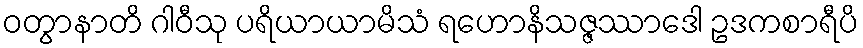
ဝတွာနာတိ ဂါဝီသု ပရိယာယာမိသံ ရဟောနိသဇ္ဇဿာဒေါ ဥဒကစာရီပိ